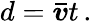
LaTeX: d={\boldsymbol{\bar{v}}}t\, .